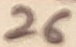
Text: 26